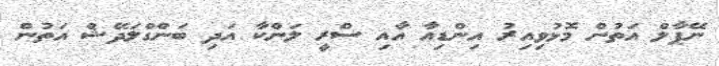
ނޭޕާލް އަތުން މޮޅުވިއިރު އިންޑިއާ އާއި ސްރީ ލަންކާ އަދި ބަންގްލަދޭޝް އަތުން